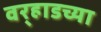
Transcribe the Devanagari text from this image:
वर्‍हाडच्या